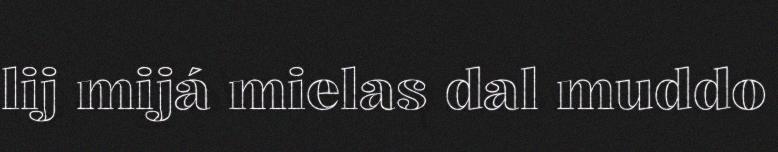
lij mijá mielas dal muddo